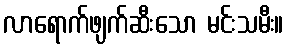
လာရောက်ဖျက်ဆီးသော မင်းသမီး။